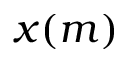
x ( m )